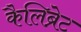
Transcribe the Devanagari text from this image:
कैलिब्रेट